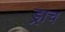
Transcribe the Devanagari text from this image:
ड्राच